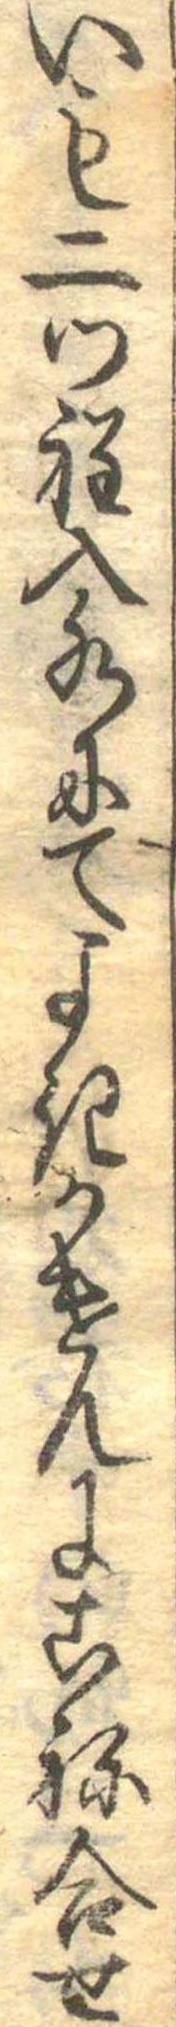
いも二ツ程入水にてよきかけんにこね合せ